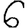
Digit: 6